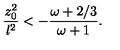
{ \frac { z _ { 0 } ^ { 2 } } { l ^ { 2 } } } < - { \frac { \omega + 2 / 3 } { \omega + 1 } } .